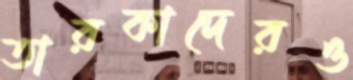
তারকাদেরও